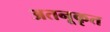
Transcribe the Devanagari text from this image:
अतनूकृत